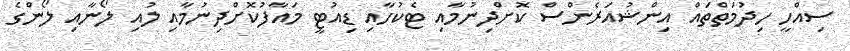
ސިއްހީ ހިދުމަތްތައް އިންޝުއަރެންސް ކޮށްދިނުމާއި ޓެކުހާއި ޑިއުޓީ މައާފުކޮށްދިނުމާއި ލުއި ލޯނާއި ލޯންގެ